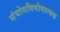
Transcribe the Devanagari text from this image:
संयोगवियोगात्मक